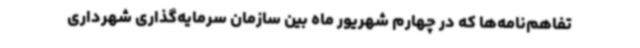
تفاهم‌نامه‌ها که در چهارم شهریور ماه بین سازمان سرمایه‌گذاری شهرداری